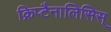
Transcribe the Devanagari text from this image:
क्रिप्टैनालिसिस्